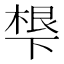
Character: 𬻩